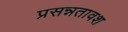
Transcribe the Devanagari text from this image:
प्रसन्नतावश